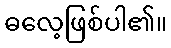
ဓလေ့ဖြစ်ပါ၏။